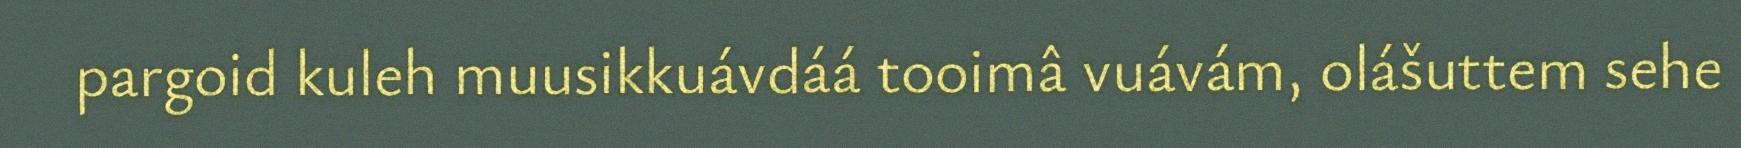
pargoid kuleh muusikkuávdáá tooimâ vuávám, olášuttem sehe